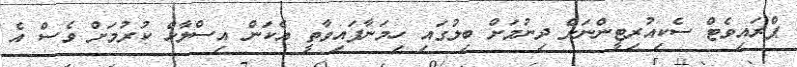
ޕްރައިވެޓް ސެކިއުރިޓީންނަށް ދިނުމަށް ބިލުގައި ހިމަނާފައިވާތީ އެކަން އިސްލާހް ކުރުމަށް ވެސް އެ